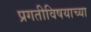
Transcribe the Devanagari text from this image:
प्रगतीविषयाच्या